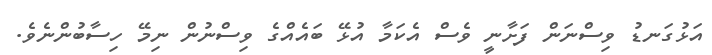
އަޅުގަނޑު ވިސްނަން ފަށާނީ ވެސް އެކަމާ އުޅޭ ބައެއްގެ ވިސްނުން ނިމޭ ހިސާބުންނެވެ.